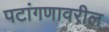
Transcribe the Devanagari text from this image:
पटांगणावरील